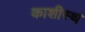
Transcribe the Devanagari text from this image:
काशीस्थ